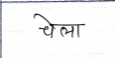
मजकूर: चेला